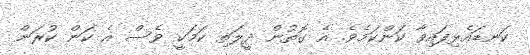
ކަނޑައެޅިފައިވާ ކަންކަމެވެ. އެ ގޮތުން ދީލަތި ކަމަކީ ވެސް އެ ކަން ކުރަން